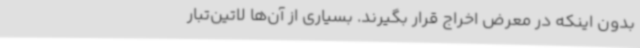
بدون اینکه در معرض اخراج قرار بگیرند. بسیاری از آن‌ها لاتین‌تبار